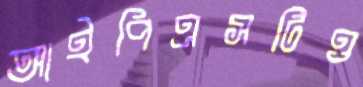
আইপিএসটিও